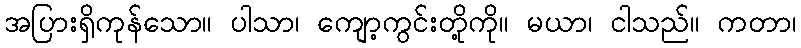
အပြားရှိကုန်သော။ ပါသာ၊ ကျော့ကွင်းတို့ကို။ မယာ၊ ငါသည်။ ကတာ၊